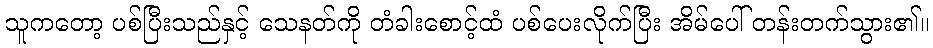
သူကတော့ ပစ်ပြီးသည်နှင့် သေနတ်ကို တံခါးစောင့်ထံ ပစ်ပေးလိုက်ပြီး အိမ်ပေါ် တန်းတက်သွား၏။